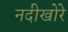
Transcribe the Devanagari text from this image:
नदीखोरे